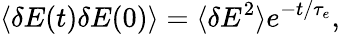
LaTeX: \langle\delta E(t)\delta E(0)\rangle=\langle\delta E^{2}\rangle e^{-t/\tau_{e}},